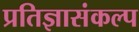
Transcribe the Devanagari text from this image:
प्रतिज्ञासंकल्प